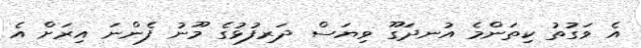
އެ ވަގުތު ކިތަންމެ އުނދަގޫ ވިޔަސް ދަރިފުޅުގެ މޫނު ފެންނަ އިރަށް އެ